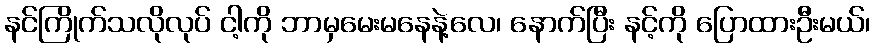
နင်ကြိုက်သလိုလုပ် ငါ့ကို ဘာမှမေးမနေနဲ့လေ၊ နောက်ပြီး နင့်ကို ပြောထားဦးမယ်၊